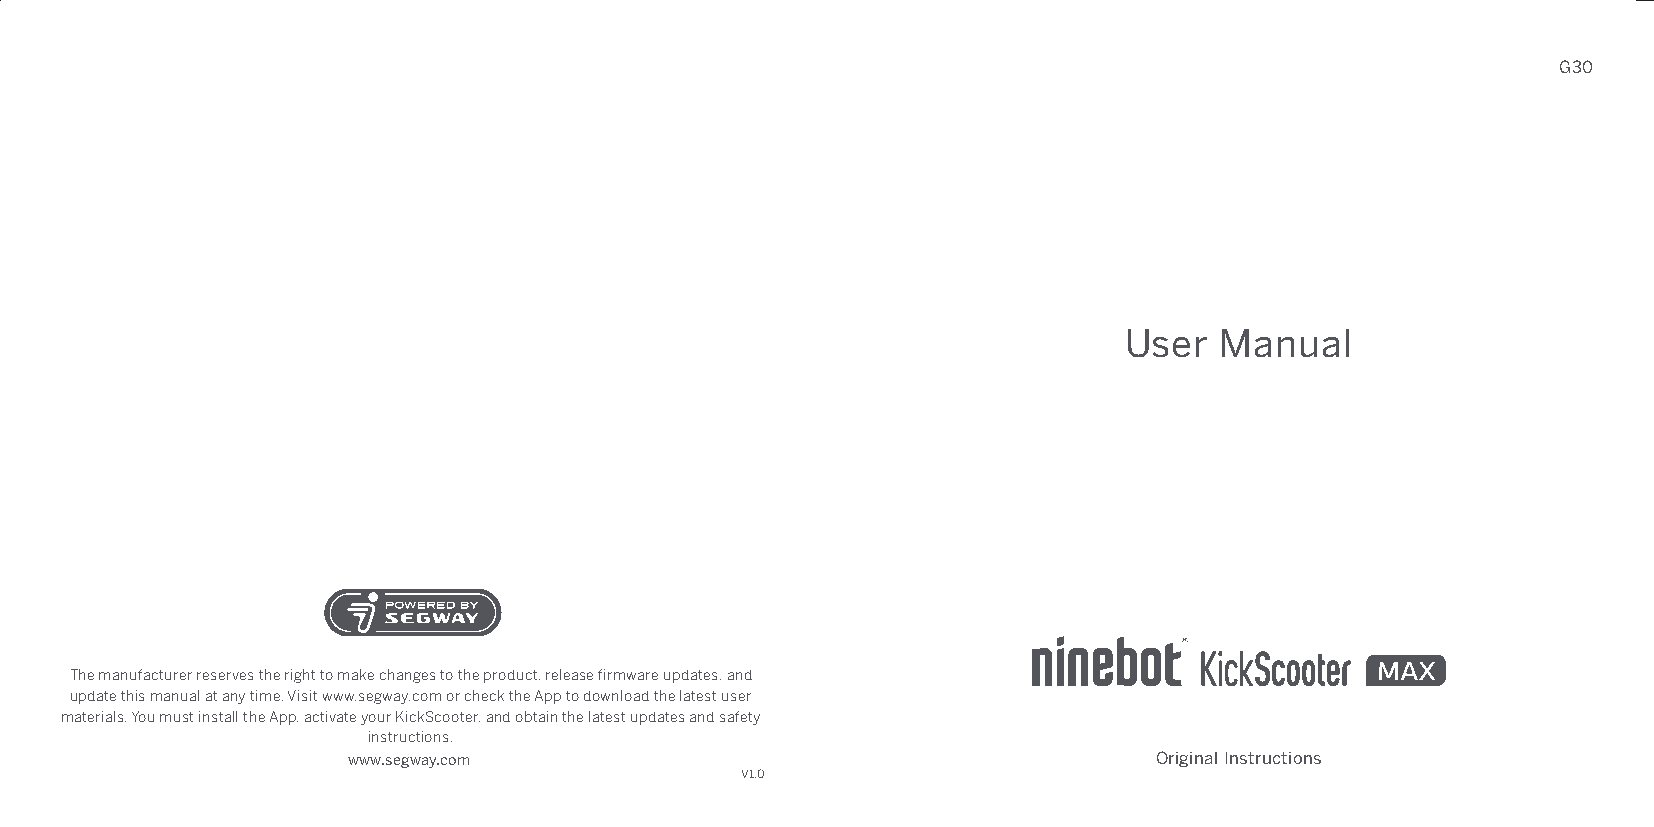
G30
 1.英
 User   Manual
 The manufacturer reserves the right to make changes to the product, release firmware updates, and
 update this manual at any time. Visit www.segway.com or check the App to download the latest user
 materials. You must install the App, activate your KickScooter, and obtain the latest updates and safety
 instructions.
 www.segway.com                                        Original Instructions
 V1.0